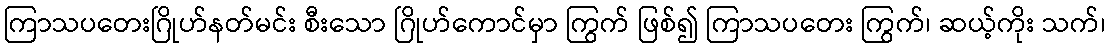
ကြာသပတေးဂြိုဟ်နတ်မင်း စီးသော ဂြိုဟ်ကောင်မှာ ကြွက် ဖြစ်၍ ကြာသပတေး ကြွက်၊ ဆယ့်ကိုး သက်၊